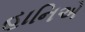
હાનિએ